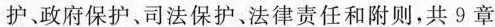
护、政府保护、司法保护、法律责任和附则，共9章